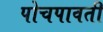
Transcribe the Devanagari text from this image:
पोचपावती